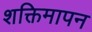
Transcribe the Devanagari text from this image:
शक्तिमापन